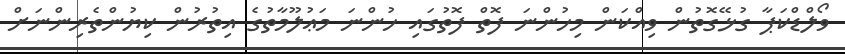
ވޯލްޑްކަޕާ ގުޅޭގޮތުން ވިއްކަން މިހުންނަ ފޮތް ފޮތުގައި ހުންނަ މަޢުލޫމާތުގެ އިތުރުން ކިޔުންތެރިންނަށް